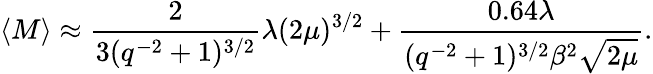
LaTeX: \langle M\rangle\approx\frac{2}{3(q^{-2}+1)^{3/2}}\lambda(2\mu)^{3/2}+\frac{0.64\lambda}{(q^{-2}+1)^{3/2}\beta^{2}\sqrt{2\mu}}.